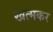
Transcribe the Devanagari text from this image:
खत्मकर